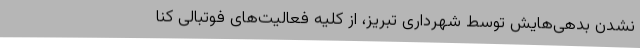
نشدن بدهی‌هایش توسط شهرداری تبریز، از کلیه فعالیت‌های فوتبالی کنا